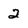
Character: 2